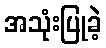
အသုံးပြုခဲ့